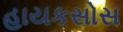
હાયકસોસ